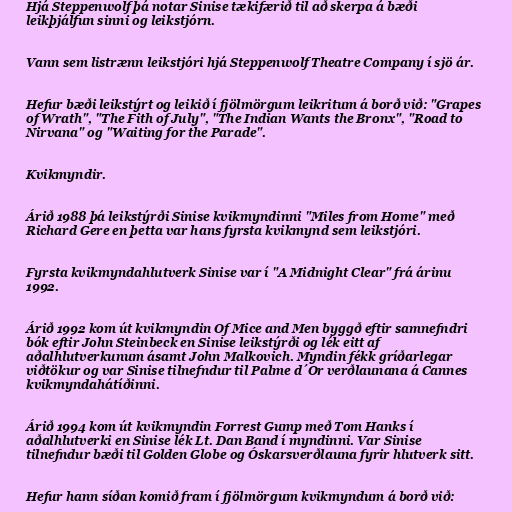
Hjá Steppenwolf þá notar Sinise tækifærið til að skerpa á bæði
leikþjálfun sinni og leikstjórn.

Vann sem listrænn leikstjóri hjá Steppenwolf Theatre Company í sjö ár.

Hefur bæði leikstýrt og leikið í fjölmörgum leikritum á borð við: "Grapes
of Wrath", "The Fith of July", "The Indian Wants the Bronx", "Road to
Nirvana" og "Waiting for the Parade".

Kvikmyndir.

Árið 1988 þá leikstýrði Sinise kvikmyndinni "Miles from Home" með
Richard Gere en þetta var hans fyrsta kvikmynd sem leikstjóri.

Fyrsta kvikmyndahlutverk Sinise var í "A Midnight Clear" frá árinu
1992.

Árið 1992 kom út kvikmyndin Of Mice and Men byggð eftir samnefndri
bók eftir John Steinbeck en Sinise leikstýrði og lék eitt af
aðalhlutverkunum ásamt John Malkovich. Myndin fékk gríðarlegar
viðtökur og var Sinise tilnefndur til Palme d´Or verðlaunana á Cannes
kvikmyndahátíðinni.

Árið 1994 kom út kvikmyndin Forrest Gump með Tom Hanks í
aðalhlutverki en Sinise lék Lt. Dan Band í myndinni. Var Sinise
tilnefndur bæði til Golden Globe og Óskarsverðlauna fyrir hlutverk sitt.

Hefur hann síðan komið fram í fjölmörgum kvikmyndum á borð við: